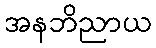
အနဘိညာယ